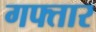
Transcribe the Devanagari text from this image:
गफ्तार